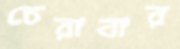
চেরাবার